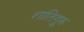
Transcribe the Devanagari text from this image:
शांतिगुरु